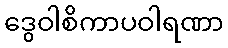
ဒွေဝါစိကာပဝါရဏာ